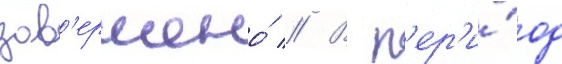
зав'ершено́ // В п'ер'и́од